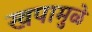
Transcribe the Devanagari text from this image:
खपामुळे